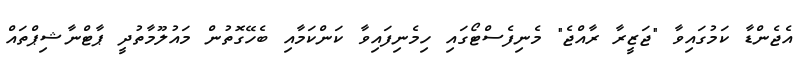
އެޖެންޑާ ކަމުގައިވާ "ޖަޒީރާ ރާއްޖެ" މެނިފެސްޓޯގައި ހިމެނިފައިވާ ކަންކަމާއި ބެހޭގޮތުން މައުލޫމާތުދީ ޕާޓްނާޝިޕްތައް